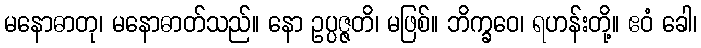
မနောဓာတု၊ မနောဓာတ်သည်။ နော ဥပ္ပဇ္ဇတိ၊ မဖြစ်။ ဘိက္ခဝေ၊ ရဟန်းတို့။ ဧဝံ ခေါ၊